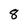
Character: 8